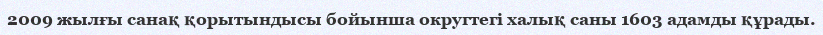
2009 жылғы санақ қорытындысы бойынша округтегі халық саны 1603 адамды құрады.